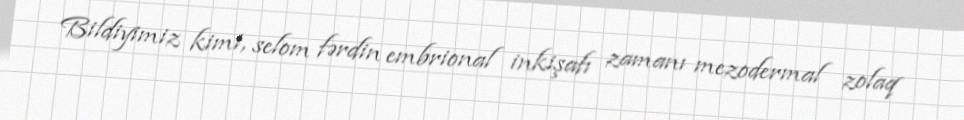
Bildiyimiz kimi, selom fərdin embrional inkişafı zamanı mezodermal zolaq